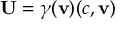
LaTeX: { \boldsymbol { \mathbf { U } } } = \gamma ( \mathbf { v } ) ( c , \mathbf { v } )